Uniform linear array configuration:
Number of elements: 8
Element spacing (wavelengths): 1
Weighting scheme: hann
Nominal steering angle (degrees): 45
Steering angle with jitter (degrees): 46.718
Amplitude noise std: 0.05
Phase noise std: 0.05

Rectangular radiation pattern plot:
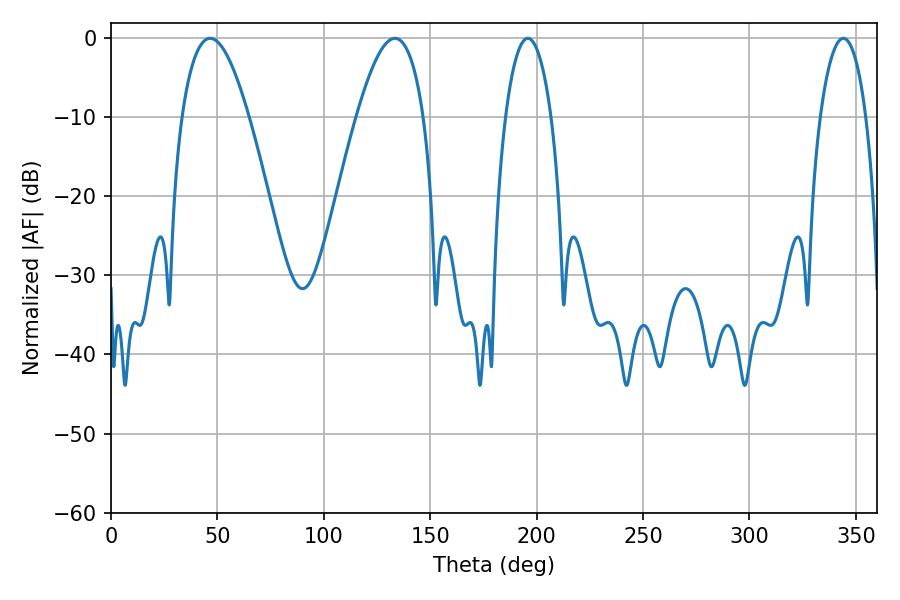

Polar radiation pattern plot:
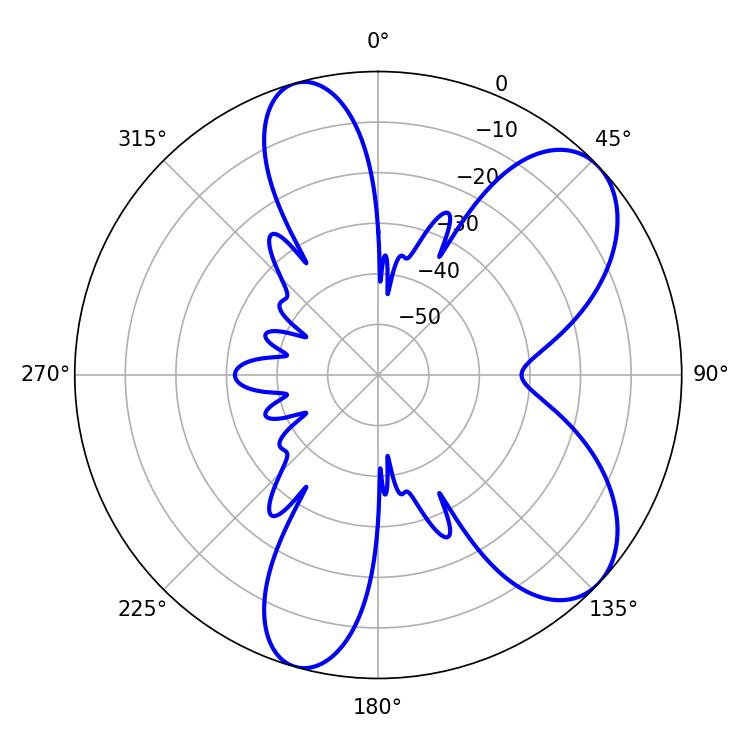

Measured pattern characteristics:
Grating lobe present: TRUE
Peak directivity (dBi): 7.5
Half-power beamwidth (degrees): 17.28
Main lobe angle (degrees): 46.62